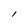
Character: l